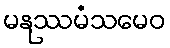
မနုဿမံသမေဝ